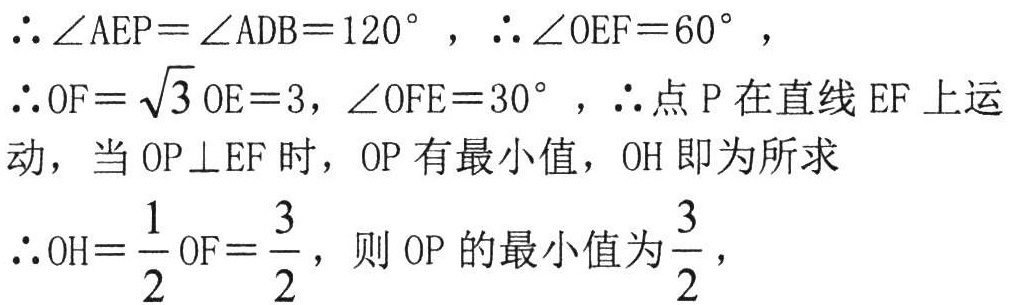
\(\therefore \angle AEP = \angle ADB = 120^{\circ},\therefore \angle OEF = 60^{\circ},\)

\(\therefore OF = \sqrt{3}OE = 3,\angle OFE = 30^{\circ},\therefore\)点\(P\)在直线\(EF\)上运

动，当\(OP\perp EF\)时，\(OP\)有最小值，\(OH\)即为所求

\(\therefore OH=\frac{1}{2}OF = \frac{3}{2}\)，则\(OP\)的最小值为\(\frac{3}{2}\)，